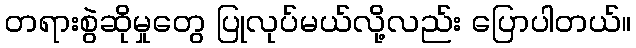
တရားစွဲဆိုမှုတွေ ပြုလုပ်မယ်လို့လည်း ပြောပါတယ်။